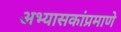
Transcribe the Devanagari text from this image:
अभ्यासकांप्रमाणे